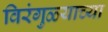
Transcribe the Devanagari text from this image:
विरंगुळ्याच्या